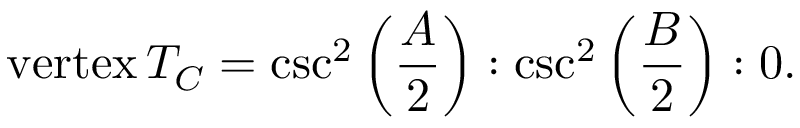
{ \mathrm { v e r t e x } } \, T _ { C } = \csc ^ { 2 } \left( { \frac { A } { 2 } } \right) : \csc ^ { 2 } \left( { \frac { B } { 2 } } \right) : 0 .